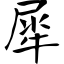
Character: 犀